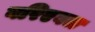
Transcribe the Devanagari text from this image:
वरिएबल